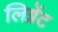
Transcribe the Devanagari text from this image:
लिग्नेंट